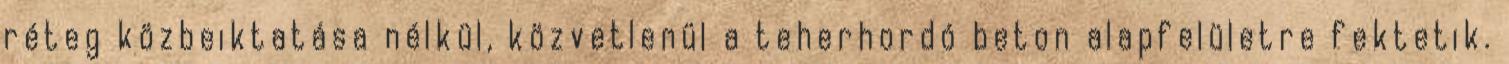
réteg közbeiktatása nélkül, közvetlenül a teherhordó beton alapfelületre fektetik.